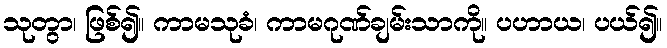
သုတွာ၊ ဖြစ်၍။ ကာမသုခံ၊ ကာမဂုဏ်ချမ်းသာကို။ ပဟာယ၊ ပယ်၍။